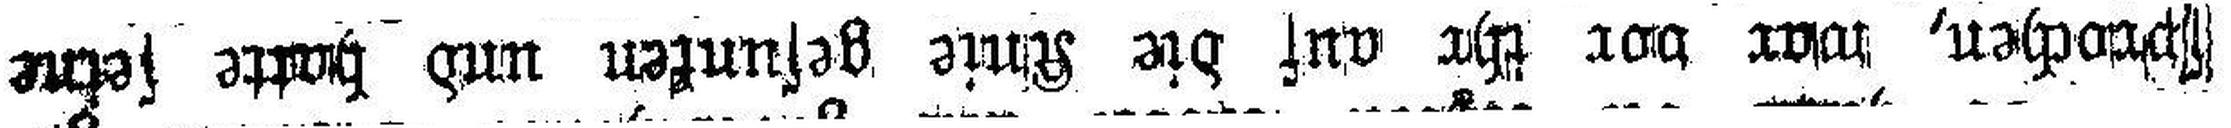
sprochen, war vor ihr auf die Knie gesunken und hatte seine